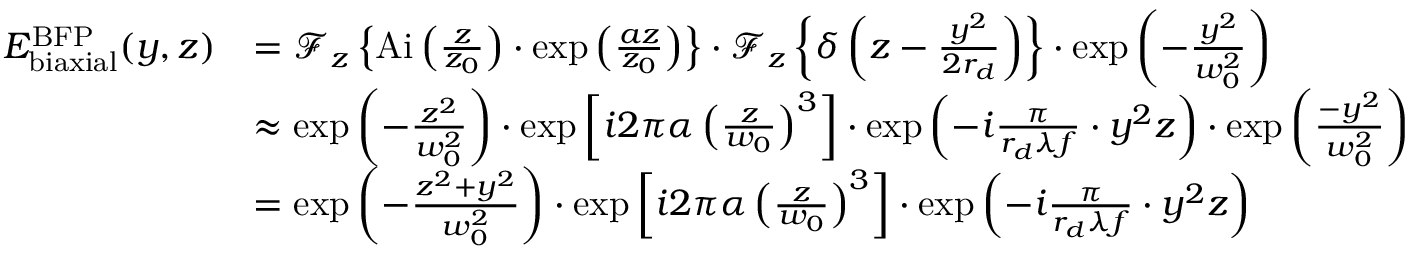
\begin{array} { r l } { E _ { \mathrm { b i a x i a l } } ^ { \mathrm { B F P } } ( y , z ) } & { = \ensuremath { \mathcal { F } } _ { z } \left\{ \ensuremath { \mathrm { A i } } \left( \frac { z } { z _ { 0 } } \right) \cdot \exp \left( \frac { a z } { z _ { 0 } } \right) \right\} \cdot \ensuremath { \mathcal { F } } _ { z } \left\{ \delta \left( z - \frac { y ^ { 2 } } { 2 r _ { d } } \right) \right\} \cdot \exp \left( - \frac { y ^ { 2 } } { w _ { 0 } ^ { 2 } } \right) } \\ & { \approx \exp \left( - \frac { z ^ { 2 } } { w _ { 0 } ^ { 2 } } \right) \cdot \exp \left[ i 2 \pi \alpha \left( \frac { z } { w _ { 0 } } \right) ^ { 3 } \right] \cdot \exp \left( - i \frac { \pi } { r _ { d } \lambda f } \cdot y ^ { 2 } z \right) \cdot \exp \left( \frac { - y ^ { 2 } } { w _ { 0 } ^ { 2 } } \right) } \\ & { = \exp \left( - \frac { z ^ { 2 } + y ^ { 2 } } { w _ { 0 } ^ { 2 } } \right) \cdot \exp \left[ i 2 \pi \alpha \left( \frac { z } { w _ { 0 } } \right) ^ { 3 } \right] \cdot \exp \left( - i \frac { \pi } { r _ { d } \lambda f } \cdot y ^ { 2 } z \right) } \end{array}